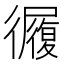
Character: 𢖓